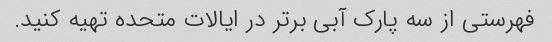
فهرستی از سه پارک آبی برتر در ایالات متحده تهیه کنید.